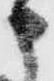
申